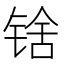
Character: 𬭘